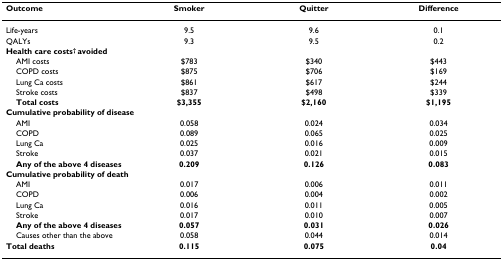
<table><thead><tr><td><b>Outcome</b></td><td><b>Smoker</b></td><td><b>Quitter</b></td><td><b>Difference</b></td></tr></thead><tbody><tr><td>Life-years</td><td>9.5</td><td>9.6</td><td>0.1</td></tr><tr><td>QALYs</td><td>9.3</td><td>9.5</td><td>0.2</td></tr><tr><td colspan="4"><b>Health care costs<sup>† </sup>avoided</b></td></tr><tr><td> AMI costs</td><td>$783</td><td>$340</td><td>$443</td></tr><tr><td> COPD costs</td><td>$875</td><td>$706</td><td>$169</td></tr><tr><td> Lung Ca costs</td><td>$861</td><td>$617</td><td>$244</td></tr><tr><td> Stroke costs</td><td>$837</td><td>$498</td><td>$339</td></tr><tr><td> <b>Total costs</b></td><td><b>$3,355</b></td><td><b>$2,160</b></td><td><b>$1,195</b></td></tr><tr><td colspan="4"><b>Cumulative probability of disease</b></td></tr><tr><td> AMI</td><td>0.058</td><td>0.024</td><td>0.034</td></tr><tr><td> COPD</td><td>0.089</td><td>0.065</td><td>0.025</td></tr><tr><td> Lung Ca</td><td>0.025</td><td>0.016</td><td>0.009</td></tr><tr><td> Stroke</td><td>0.037</td><td>0.021</td><td>0.015</td></tr><tr><td> <b>Any of the above 4 diseases</b></td><td><b>0.209</b></td><td><b>0.126</b></td><td><b>0.083</b></td></tr><tr><td colspan="4"><b>Cumulative probability of death</b></td></tr><tr><td> AMI</td><td>0.017</td><td>0.006</td><td>0.011</td></tr><tr><td> COPD</td><td>0.006</td><td>0.004</td><td>0.002</td></tr><tr><td> Lung Ca</td><td>0.016</td><td>0.011</td><td>0.005</td></tr><tr><td> Stroke</td><td>0.017</td><td>0.010</td><td>0.007</td></tr><tr><td> <b>Any of the above 4 diseases</b></td><td><b>0.057</b></td><td><b>0.031</b></td><td><b>0.026</b></td></tr><tr><td> Causes other than the above</td><td>0.058</td><td>0.044</td><td>0.014</td></tr><tr><td><b>Total deaths</b></td><td><b>0.115</b></td><td><b>0.075</b></td><td><b>0.04</b></td></tr></tbody></table>